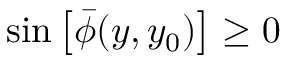
\sin \left[ \bar { \phi } ( y , y _ { 0 } ) \right] \ge 0